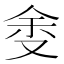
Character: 𱑷